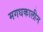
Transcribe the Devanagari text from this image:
मगधकालीन